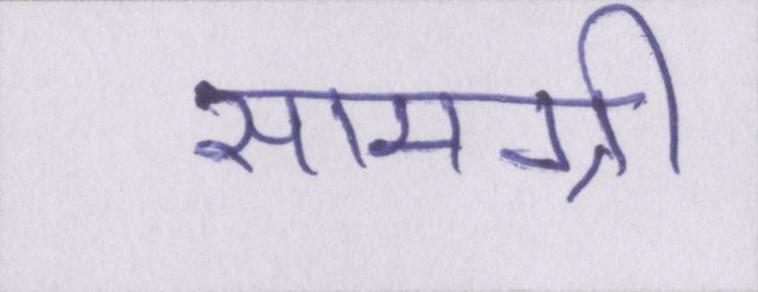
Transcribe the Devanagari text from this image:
सामग्री